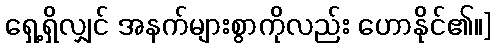
ရှေ့ရှိလျှင် အနက်များစွာကိုလည်း ဟောနိုင်၏။]